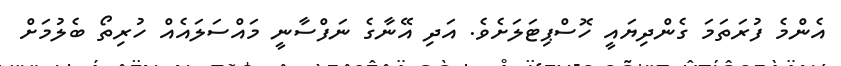
އެންމެ ފުރަތަމަ ގެންދިޔައީ ހޮސްޕިޓަލަށެވެ. އަދި އޭނާގެ ނަފްސާނީ މައްސަލައެއް ހުރިތޯ ބެލުމަށް